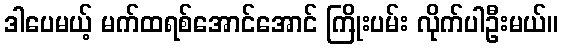
ဒါပေမယ့် မက်ထရစ်အောင်အောင် ကြိုးပမ်း လိုက်ပါဦးမယ်။